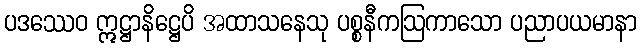
ပဒဿေဝ ဣဋ္ဌာနိဋ္ဌေပိ အထာသနေသု ပစ္စနီကဩကာသော ပညာပယမာနာ